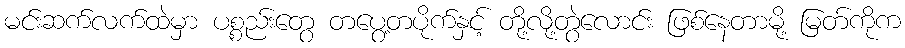
မင်းဆက်လက်ထဲမှာ ပစ္စည်းတွေ တပွေ့တပိုက်နှင့် တို့လို့တွဲလောင်း ဖြစ်နေတာမို့ မြတ်ကိုက